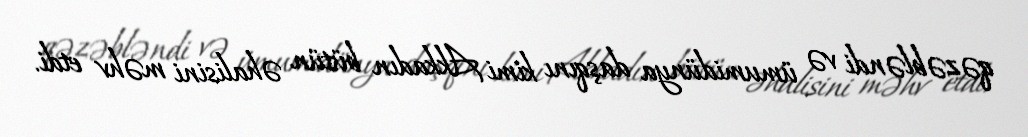
qəzəbləndi və ümumidünya daşqını kimi Akkadın bütün əhalisini məhv etdi.